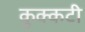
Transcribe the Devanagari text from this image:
कुक्कटी